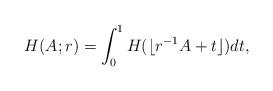
LaTeX: \begin{align*}H(A;r)=\int_{0}^1H(\lfloor r^{-1}A+t\rfloor)dt,\end{align*}